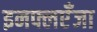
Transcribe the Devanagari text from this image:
इनफ्लएँजा